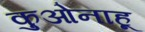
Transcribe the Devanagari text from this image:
कुओनाहू